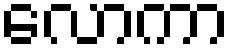
လောကာ